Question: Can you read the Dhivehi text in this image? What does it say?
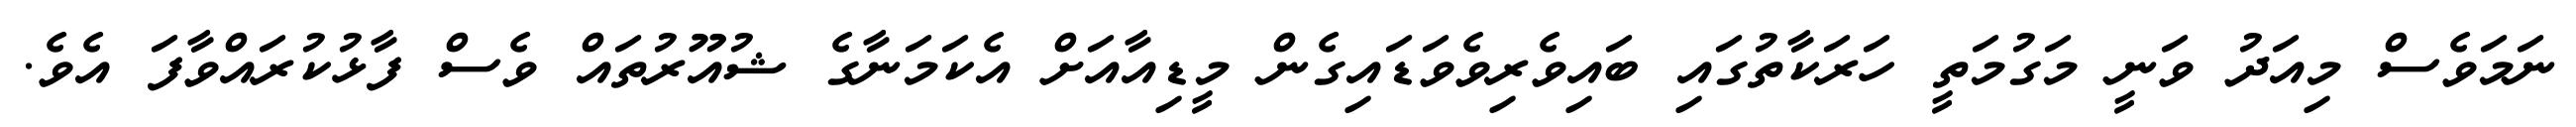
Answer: ނަމަވެސް މިއަދު ވަނީ މަގުމަތީ ހަރަކާތުގައި ބައިވެރިވެވަޑައިގެން މީޑިއާއަށް އެކަމަނާގެ ޝުއޫރުތައް ވެސް ފާޅުކުރައްވާފަ އެވެ.